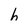
Character: h